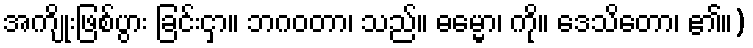
အကျိုးဖြစ်ပွား ခြင်းငှာ။ ဘဂဝတာ၊ သည်။ ဓမ္မော၊ ကို။ ဒေသိတော၊ ၏။)